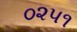
૦૨૫૧